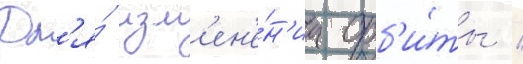
Дл'я́ изм'ен'е́н'иа орб'и́ты /